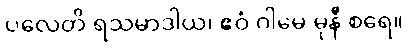
ပလေတိ ရသမာဒါယ၊ ဧဝံ ဂါမေ မုနီ စရေ။